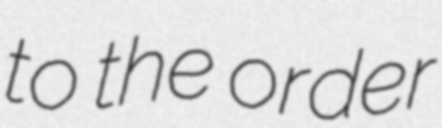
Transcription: to the order